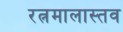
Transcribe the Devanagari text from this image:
रत्नमालास्तव